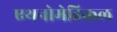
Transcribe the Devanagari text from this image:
एथनोमेडिकल